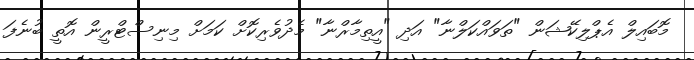
މޮބައިލް އެޕްލިކޭޝަން "ތަވައްކަލްނާ" އަދި "އީތިމާރްނާ" މެދުވެރިކޮށް ކަމަށް މިނިސްޓްރީން އޮތީ ބުނެފަ